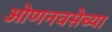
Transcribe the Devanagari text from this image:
ओणनवसेच्या